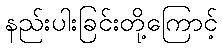
နည်းပါးခြင်းတို့ကြောင့်